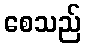
စေသည်